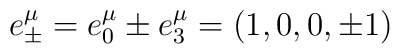
e_{\pm }^{\mu }=e_{0}^{\mu }\pm e_{3}^{\mu }=\left( 1,0,0,\pm 1\right)